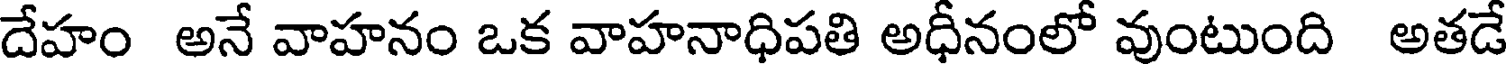
దేహం అనే వాహనం ఒక వాహనాధిపతి అధీనంలో వుంటుంది అతడే